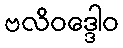
ဗလိဝဒ္ဒေါဝ